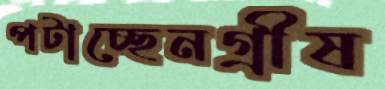
পটাচ্ছেনগ্রীষ